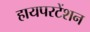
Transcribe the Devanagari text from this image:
हायपरटेंशन